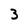
Character: 3